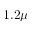
1 . 2 \mu